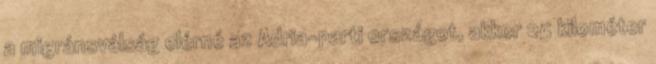
a migránsválság elérné az Adria-parti országot, akkor 25 kilométer